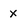
Character: x